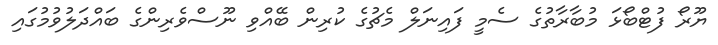
ޔޫރޯ ފުޓްބޯޅަ މުބާރާތުގެ ސެމީ ފައިނަލް މެޗުގެ ކުރިން ބޭއްވި ނޫސްވެރިންގެ ބައްދަލުވުމުގައި